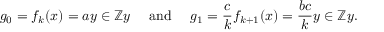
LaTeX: g _ { 0 } = f _ { k } ( x ) = a y \in \mathbb { Z } y \quad { \mathrm { ~ a n d ~ } } \quad g _ { 1 } = { \frac { c } { k } } f _ { k + 1 } ( x ) = { \frac { b c } { k } } y \in \mathbb { Z } y .